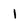
Character: 1